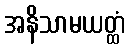
အနိသာမယတ္ထံ